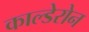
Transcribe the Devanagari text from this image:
काल्डेरोन